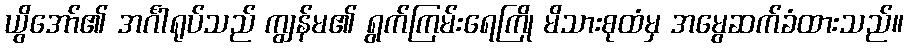
ယွိအော်၏ အင်္ဂါရုပ်သည် ကျွန်မ၏ ရွက်ကြမ်းရေကြို မိသားစုထံမှ အမွေဆက်ခံထားသည်။